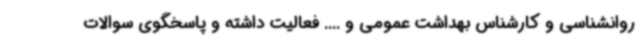
روانشناسی و کارشناس بهداشت عمومی و .... فعالیت داشته و پاسخگوی سوالات